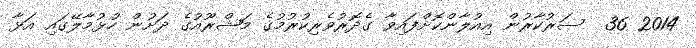
2014 36  ސަރުކާރުން އިއުލާންކޮށްފައިވާ ގެދޮރުވެރިކުރުމުގެ މަޝްރޫއުގެ ދަށުން ހުޅުމާލޭގައި އަޅާ